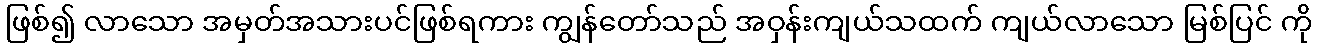
ဖြစ်၍ လာသော အမှတ်အသားပင်ဖြစ်ရကား ကျွန်တော်သည် အဝှန်းကျယ်သထက် ကျယ်လာသော မြစ်ပြင် ကို